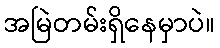
အမြဲတမ်းရှိနေမှာပဲ။